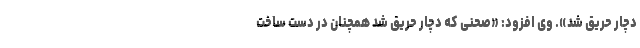
دچار حریق شد». وی افزود: «صحنی که دچار حریق شد همچنان در دست ساخت